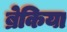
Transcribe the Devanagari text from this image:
ब्रेकिया